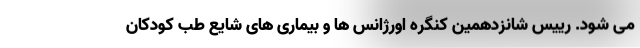
می شود. رییس شانزدهمین کنگره اورژانس ها و بیماری های شایع طب کودکان